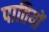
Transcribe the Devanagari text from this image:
पातियों